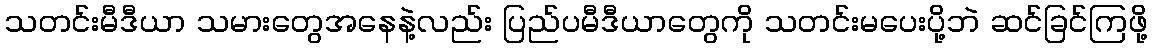
သတင်းမီဒီယာ သမားတွေအနေနဲ့လည်း ပြည်ပမီဒီယာတွေကို သတင်းမပေးပို့ဘဲ ဆင်ခြင်ကြဖို့